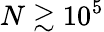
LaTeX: N\gtrsim 10^{5}